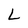
Character: L